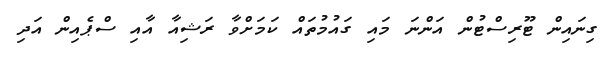
ގިނައިން ޓޫރިސްޓުން އަންނަ މައި ގައުމުތައް ކަމަށްވާ ރަޝިއާ އާއި ސްޕެއިން އަދި